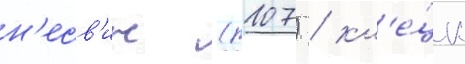
н'есв'иж (р107) / кл'е́цк